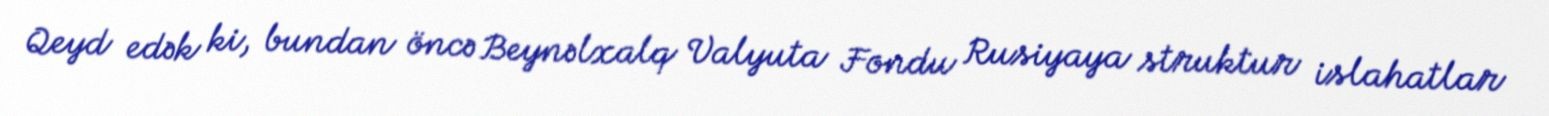
Qeyd edək ki, bundan öncə Beynəlxalq Valyuta Fondu Rusiyaya struktur islahatlar